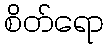
စိတ်ရော